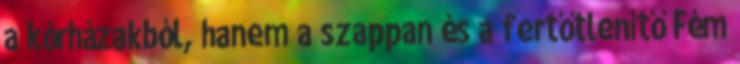
a kórházakból, hanem a szappan és a fertőtlenítő Fém